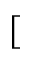
[